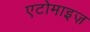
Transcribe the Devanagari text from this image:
एटोमाइज़